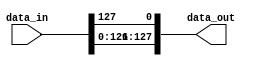

module inv_bit_rotate(input [127:0]data_in,output wire[127:0]data_out

    );
    
      assign data_out={data_in[126:0],data_in[127]};
      
endmodule